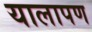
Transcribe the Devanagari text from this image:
यालापण